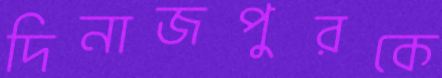
দিনাজপুরকে